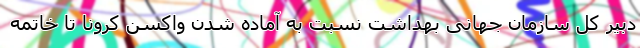
دبیر کل سازمان جهانی بهداشت نسبت به آماده شدن واکسن کرونا تا خاتمه